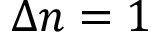
\Delta n = 1